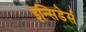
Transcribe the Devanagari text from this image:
इन्सिडेर्स